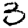
Digit: 3